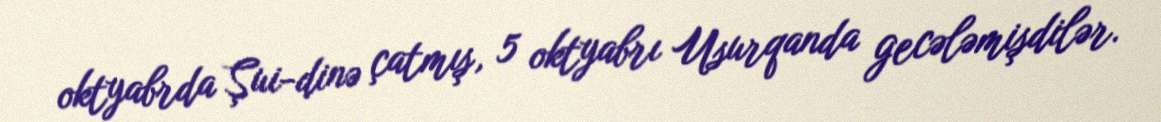
oktyabrda Şui-dinə çatmış, 5 oktyabrı Usurqanda gecələmişdilər.